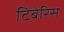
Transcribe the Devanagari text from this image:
टिबेरिस